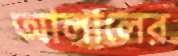
আলালের